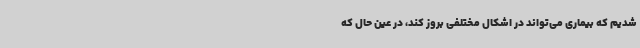
شدیم که بیماری می‌تواند در اشکال مختلفی بروز کند، در عین ‌حال که